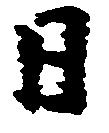
日